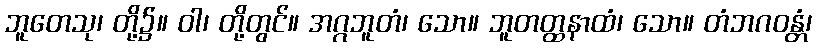
ဘူတေသု၊ တို့၌။ ဝါ၊ တို့တွင်။ အဂ္ဂဘူတံ၊ သော။ ဘူတတ္ထနာထံ၊ သော။ တံဘဂဝန္တံ၊